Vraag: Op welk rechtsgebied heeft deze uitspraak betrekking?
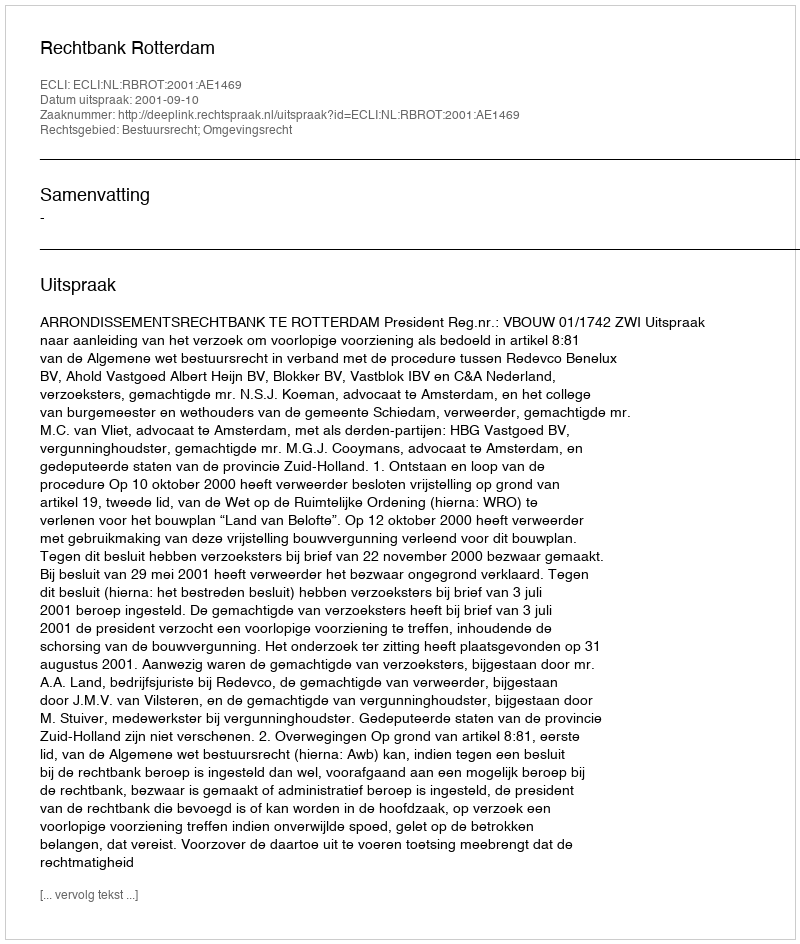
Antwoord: Bestuursrecht; Omgevingsrecht